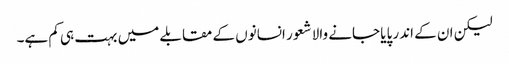
لیکن ان کے اندر پایا جانے والا شعور انسانوں کے مقابلے میں بہت ہی کم ہے۔